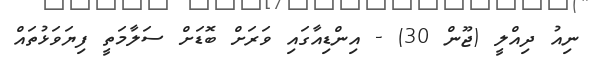
ނިއު ދިއްލީ (ޖޫން 30) - އިންޑިއާގައި ވަރަށް ބޮޑަށް ސަލާމަތީ ފިޔަވަޅުތައް